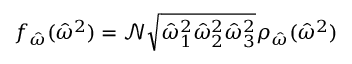
\begin{array} { r } { f _ { \hat { \omega } } ( \hat { \omega } ^ { 2 } ) = \mathcal { N } \sqrt { \hat { \omega } _ { 1 } ^ { 2 } \hat { \omega } _ { 2 } ^ { 2 } \hat { \omega } _ { 3 } ^ { 2 } } \rho _ { \hat { \omega } } ( \hat { \omega } ^ { 2 } ) } \end{array}